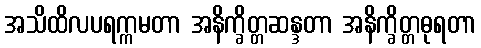
အသိထိလပရက္ကမတာ အနိက္ခိတ္တဆန္ဒတာ အနိက္ခိတ္တဓုရတာ